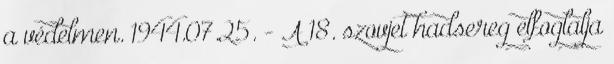
a védelmen. 1944.07.25. - A 18. szovjet hadsereg elfoglalja